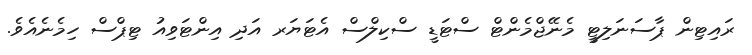
ރައިޓިން ޕާސަނަލިޓީ މެނޭޖްމެންޓް ސްޓަޑީ ސްކިލްސް އެޓަޔަރ އަދި އިންޓަވިއު ޓިޕްސް ހިމެނެއެވެ.